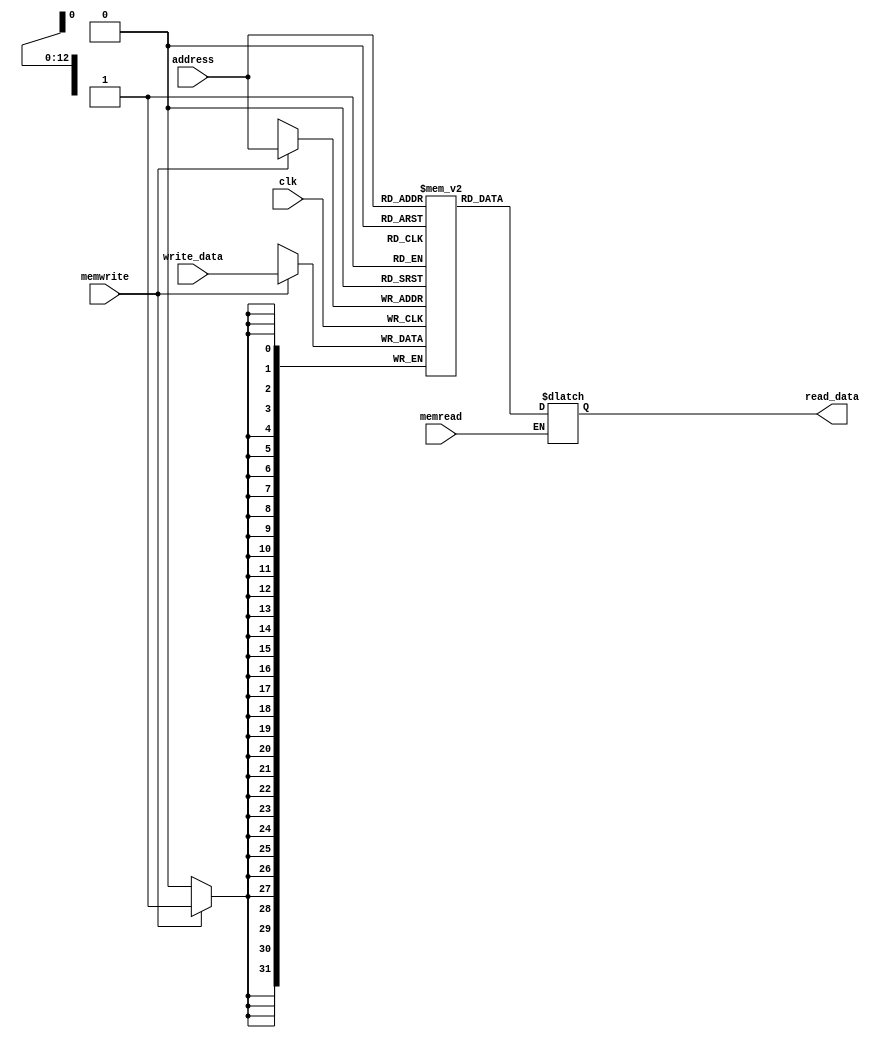
module data_memory(read_data,address,write_data,memread,memwrite,clk);

output reg[31:0] read_data;
input memread,memwrite,clk;
input [12:0] address;
input [31:0] write_data;

integer file,i;

reg[31:0] mem[0:8191];
/*
always @(memread or memwrite)
begin

	file = $fopen("C:/Code/dataMemory.txt","w");
	for(i=0;i<8192;i=i+1)
	begin   
	$fwrite(file,"%b\n",mem[i]); 
	end
	$fclose(file);$display("end");
	$stop();

end
*/
always@(*)
begin
if(memread == 1)
    read_data<=mem[address];
end

always @(posedge clk)
begin 
if(memwrite == 1)   
     mem[address]<=write_data;
end 

endmodule

module tb_data_memory();
reg clk;
reg [31:0] write_data;
reg [12:0] address;
reg memread,memwrite;
wire [31:0]read_data;
data_memory m (read_data,address,write_data,memread,memwrite,clk);
initial

begin
$monitor("read_data %b,address %b,write_data %b,memread %b,memwrite %b,clk %b",read_data,address,write_data,memread,memwrite,clk);
clk=1;
#5
write_data=32'h12345678;
address=13'b0000000000000;
memwrite=1;
memread=0;
clk=0;

#5
clk=1;
#5

address=13'b0000000000000;
memread=1;
memwrite=0;
clk=0;

end
endmodule